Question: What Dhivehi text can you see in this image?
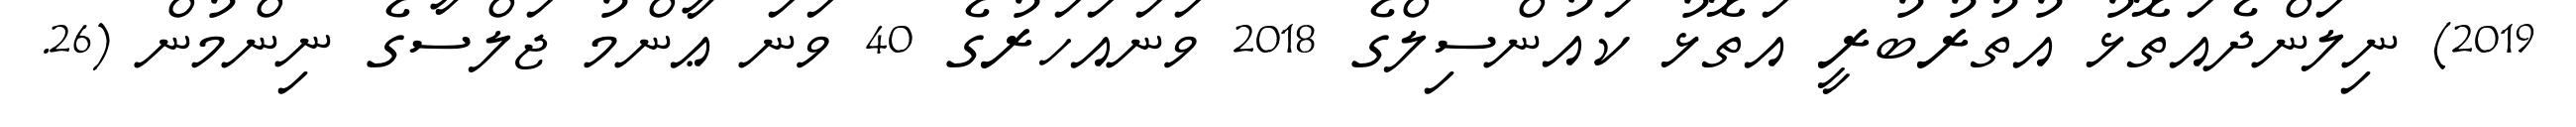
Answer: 2019) ނިލަންދެއަތޮޅު އުތުރުބުރީ އަތޮޅު ކައުންސިލްގެ 2018 ވަނައަހަރުގެ 40 ވަނަ ޢާންމު ޖަލްސާގެ ނިންމުން (26.